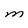
Character: M